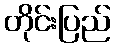
တိုင်းပြည်